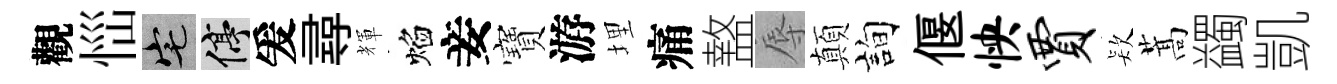
觀𢙉宅停爰尋輝焰妾寶游埋痛盩辱顛詢偃怏贾𣣇蒿蠲凱